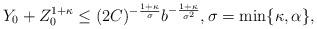
LaTeX: \begin{align*}Y_{0} + Z_{0}^{1+\kappa} \leq(2C)^{-\frac{1+\kappa}{\sigma}}b^{-\frac{1+\kappa}{\sigma^2}}, \sigma = \min\{\kappa, \alpha\},\end{align*}